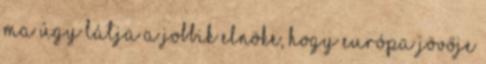
Ma úgy látja a Jobbik elnöke, hogy Európa jövője